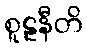
စူဠနီတိ